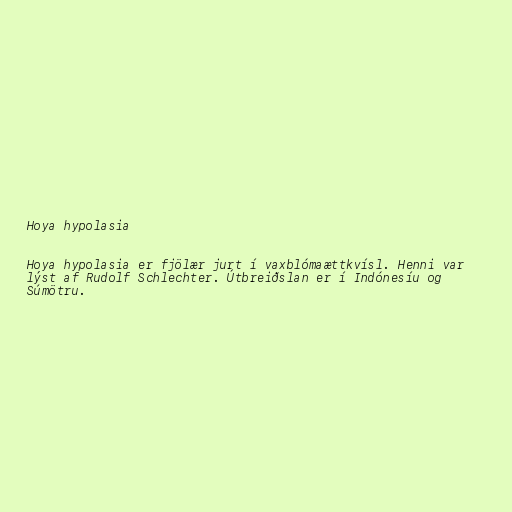
Hoya hypolasia

Hoya hypolasia er fjölær jurt í vaxblómaættkvísl. Henni var
lýst af Rudolf Schlechter. Útbreiðslan er í Indónesíu og
Súmötru.